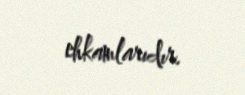
ehkamlarıdır.